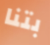
بتنا